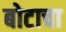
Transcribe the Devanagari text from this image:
बोटाचा